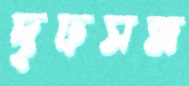
দৃঢ়সন্ধ